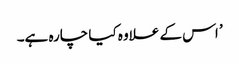
’ اس کے علاوہ کیا چارہ ہے۔